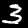
Digit: 3